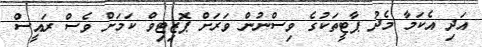
އަދި އެކަމާ މެދު ޕާޓީތަކުގެ ވިސްނުން ވަރަށް ޕޮޒިޓިވް ކަމަށް ވެސް ރައީސް